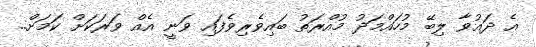
އެ ދައުވާ ލިބޭ މުހައްމަދު މުއްރަތު ބައިވެރިވެފައި ވަނީ އެއް ވަރަކަށް ކަމަށް..